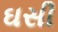
ઘસી